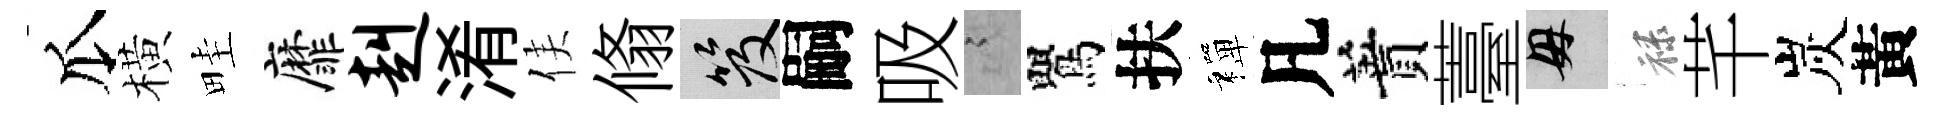
瓜橫畦靡赳淆侯翛笈嗣吸謭鸎扶禪凡蕡薹母禄芊炭黃